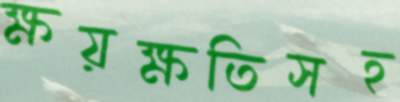
ক্ষয়ক্ষতিসহ